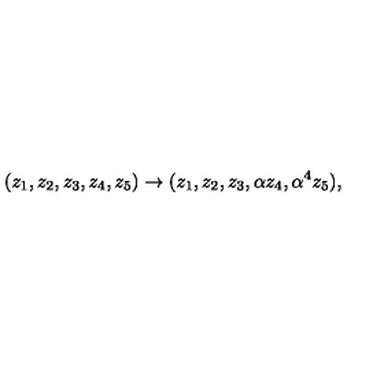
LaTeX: ( z _ { 1 } , z _ { 2 } , z _ { 3 } , z _ { 4 } , z _ { 5 } ) \rightarrow ( z _ { 1 } , z _ { 2 } , z _ { 3 } , \alpha z _ { 4 } , \alpha ^ { 4 } z _ { 5 } ) ,